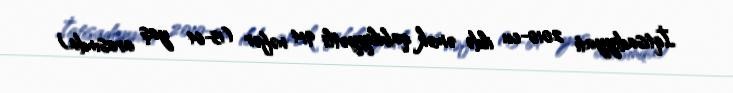
İqtisadiyyatı 2010-cu ildə əmək qabiliyyətli 914 nəfər (15-64 yaş arasında)